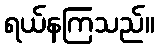
ရယ်နကြသည်။